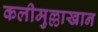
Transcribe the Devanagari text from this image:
कलीमुल्लाखान